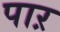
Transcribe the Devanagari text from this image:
पाऱ